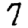
Digit: 7